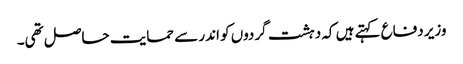
وزیر دفاع کہتے ہیں کہ دہشت گردوں کو اندر سے حمایت حاصل تھی۔